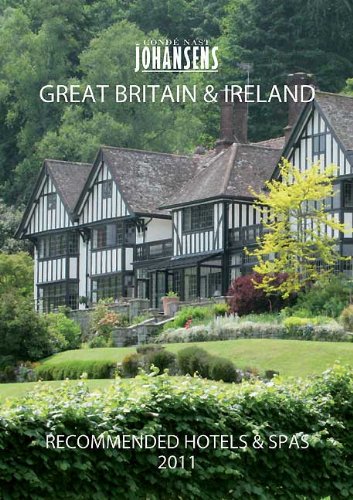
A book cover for CONDE' NAST JOHANSENS RECOMMENDED HOTELS AND SPAS GREAT BRITAIN AND IRELAND 2011 (Johansens Recommended Hotels: Great Britain and Ireland); Andrew Warren; Travel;